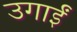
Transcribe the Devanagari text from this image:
उगाईं